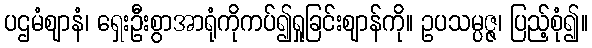
ပဌမံဈာနံ၊ ရှေးဦးစွာအာရုံကိုကပ်၍ရှုခြင်းဈာန်ကို။ ဥပသမ္ပဇ္ဇ၊ ပြည့်စုံ၍။